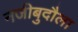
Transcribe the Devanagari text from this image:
नजीबुदौला